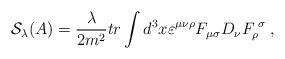
LaTeX: \begin{align*}\mathcal{S}_\lambda (A)=\frac \lambda {2m^2}tr\int d^3x\varepsilon ^{\mu \nu\rho }F_{\mu \sigma }D_\nu F_\rho ^{\;\sigma }\;, \end{align*}